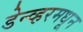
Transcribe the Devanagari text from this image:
डेन्व्हरमधून